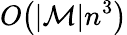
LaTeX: O\! \left(\lvert\mathcal{M}\rvert n^{3}\right)